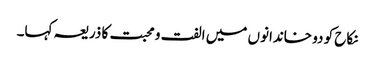
نکاح کو دو خاندانوں میں الفت و محبت کا ذریعہ کہا۔